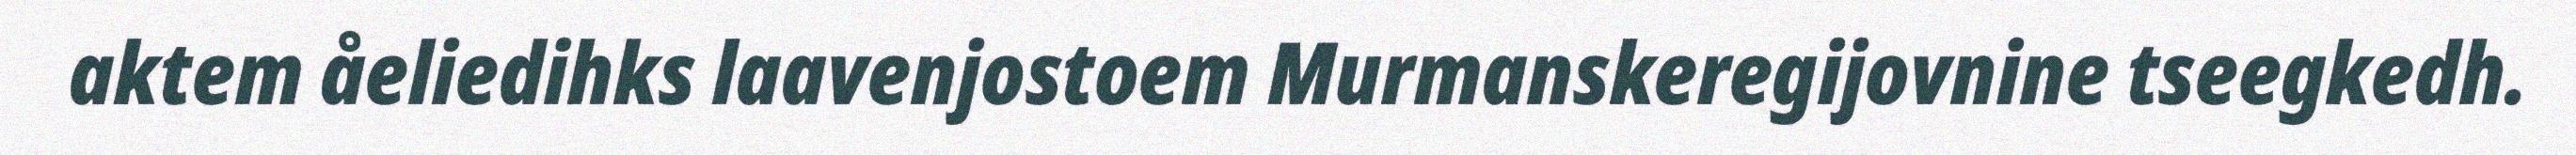
aktem åeliedihks laavenjostoem Murmanskeregijovnine tseegkedh.